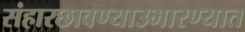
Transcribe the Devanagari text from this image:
संहारछावण्याउभारण्यात